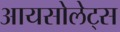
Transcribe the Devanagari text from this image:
आयसोलेट्स